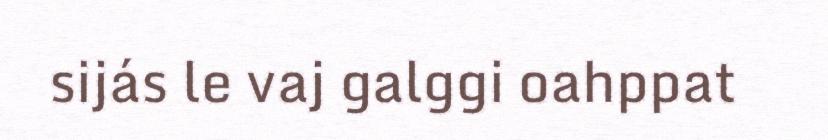
sijás le vaj galggi oahppat